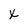
Character: x